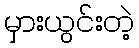
မှားယွင်းတဲ့